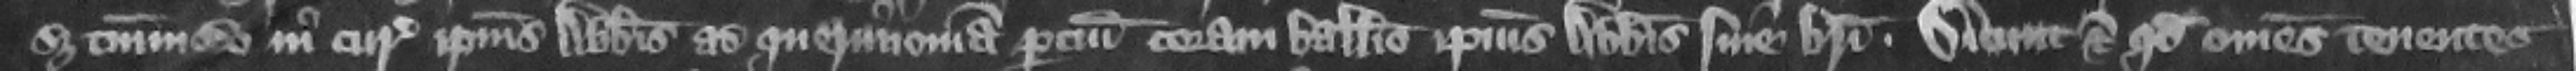
set tantummodo in curia ipsius abbatis ad querimoniam parcium coram balliuo ipsius abbatis sine breui. Dicunt eciam quod omnes tenentes